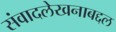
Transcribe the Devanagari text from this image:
संवादलेखनाबद्दल